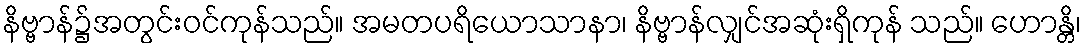
နိဗ္ဗာန်၌အတွင်းဝင်ကုန်သည်။ အမတပရိယောသာနာ၊ နိဗ္ဗာန်လျှင်အဆုံးရှိကုန် သည်။ ဟောန္တိ၊